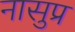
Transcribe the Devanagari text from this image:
नासुप्र